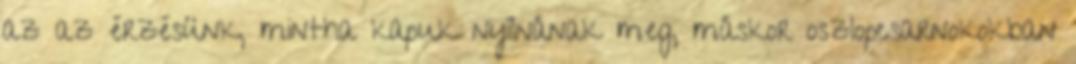
az az érzésünk, mintha kapuk nyílnának meg, máskor oszlopcsarnokokban